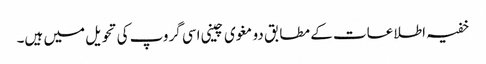
خفیہ اطلاعات کے مطابق دو مغوی چینی اسی گروپ کی تحویل میں ہیں۔